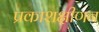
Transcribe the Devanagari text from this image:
प्रकाशक्षीणन